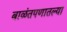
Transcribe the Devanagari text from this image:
बाळंतपणातल्या